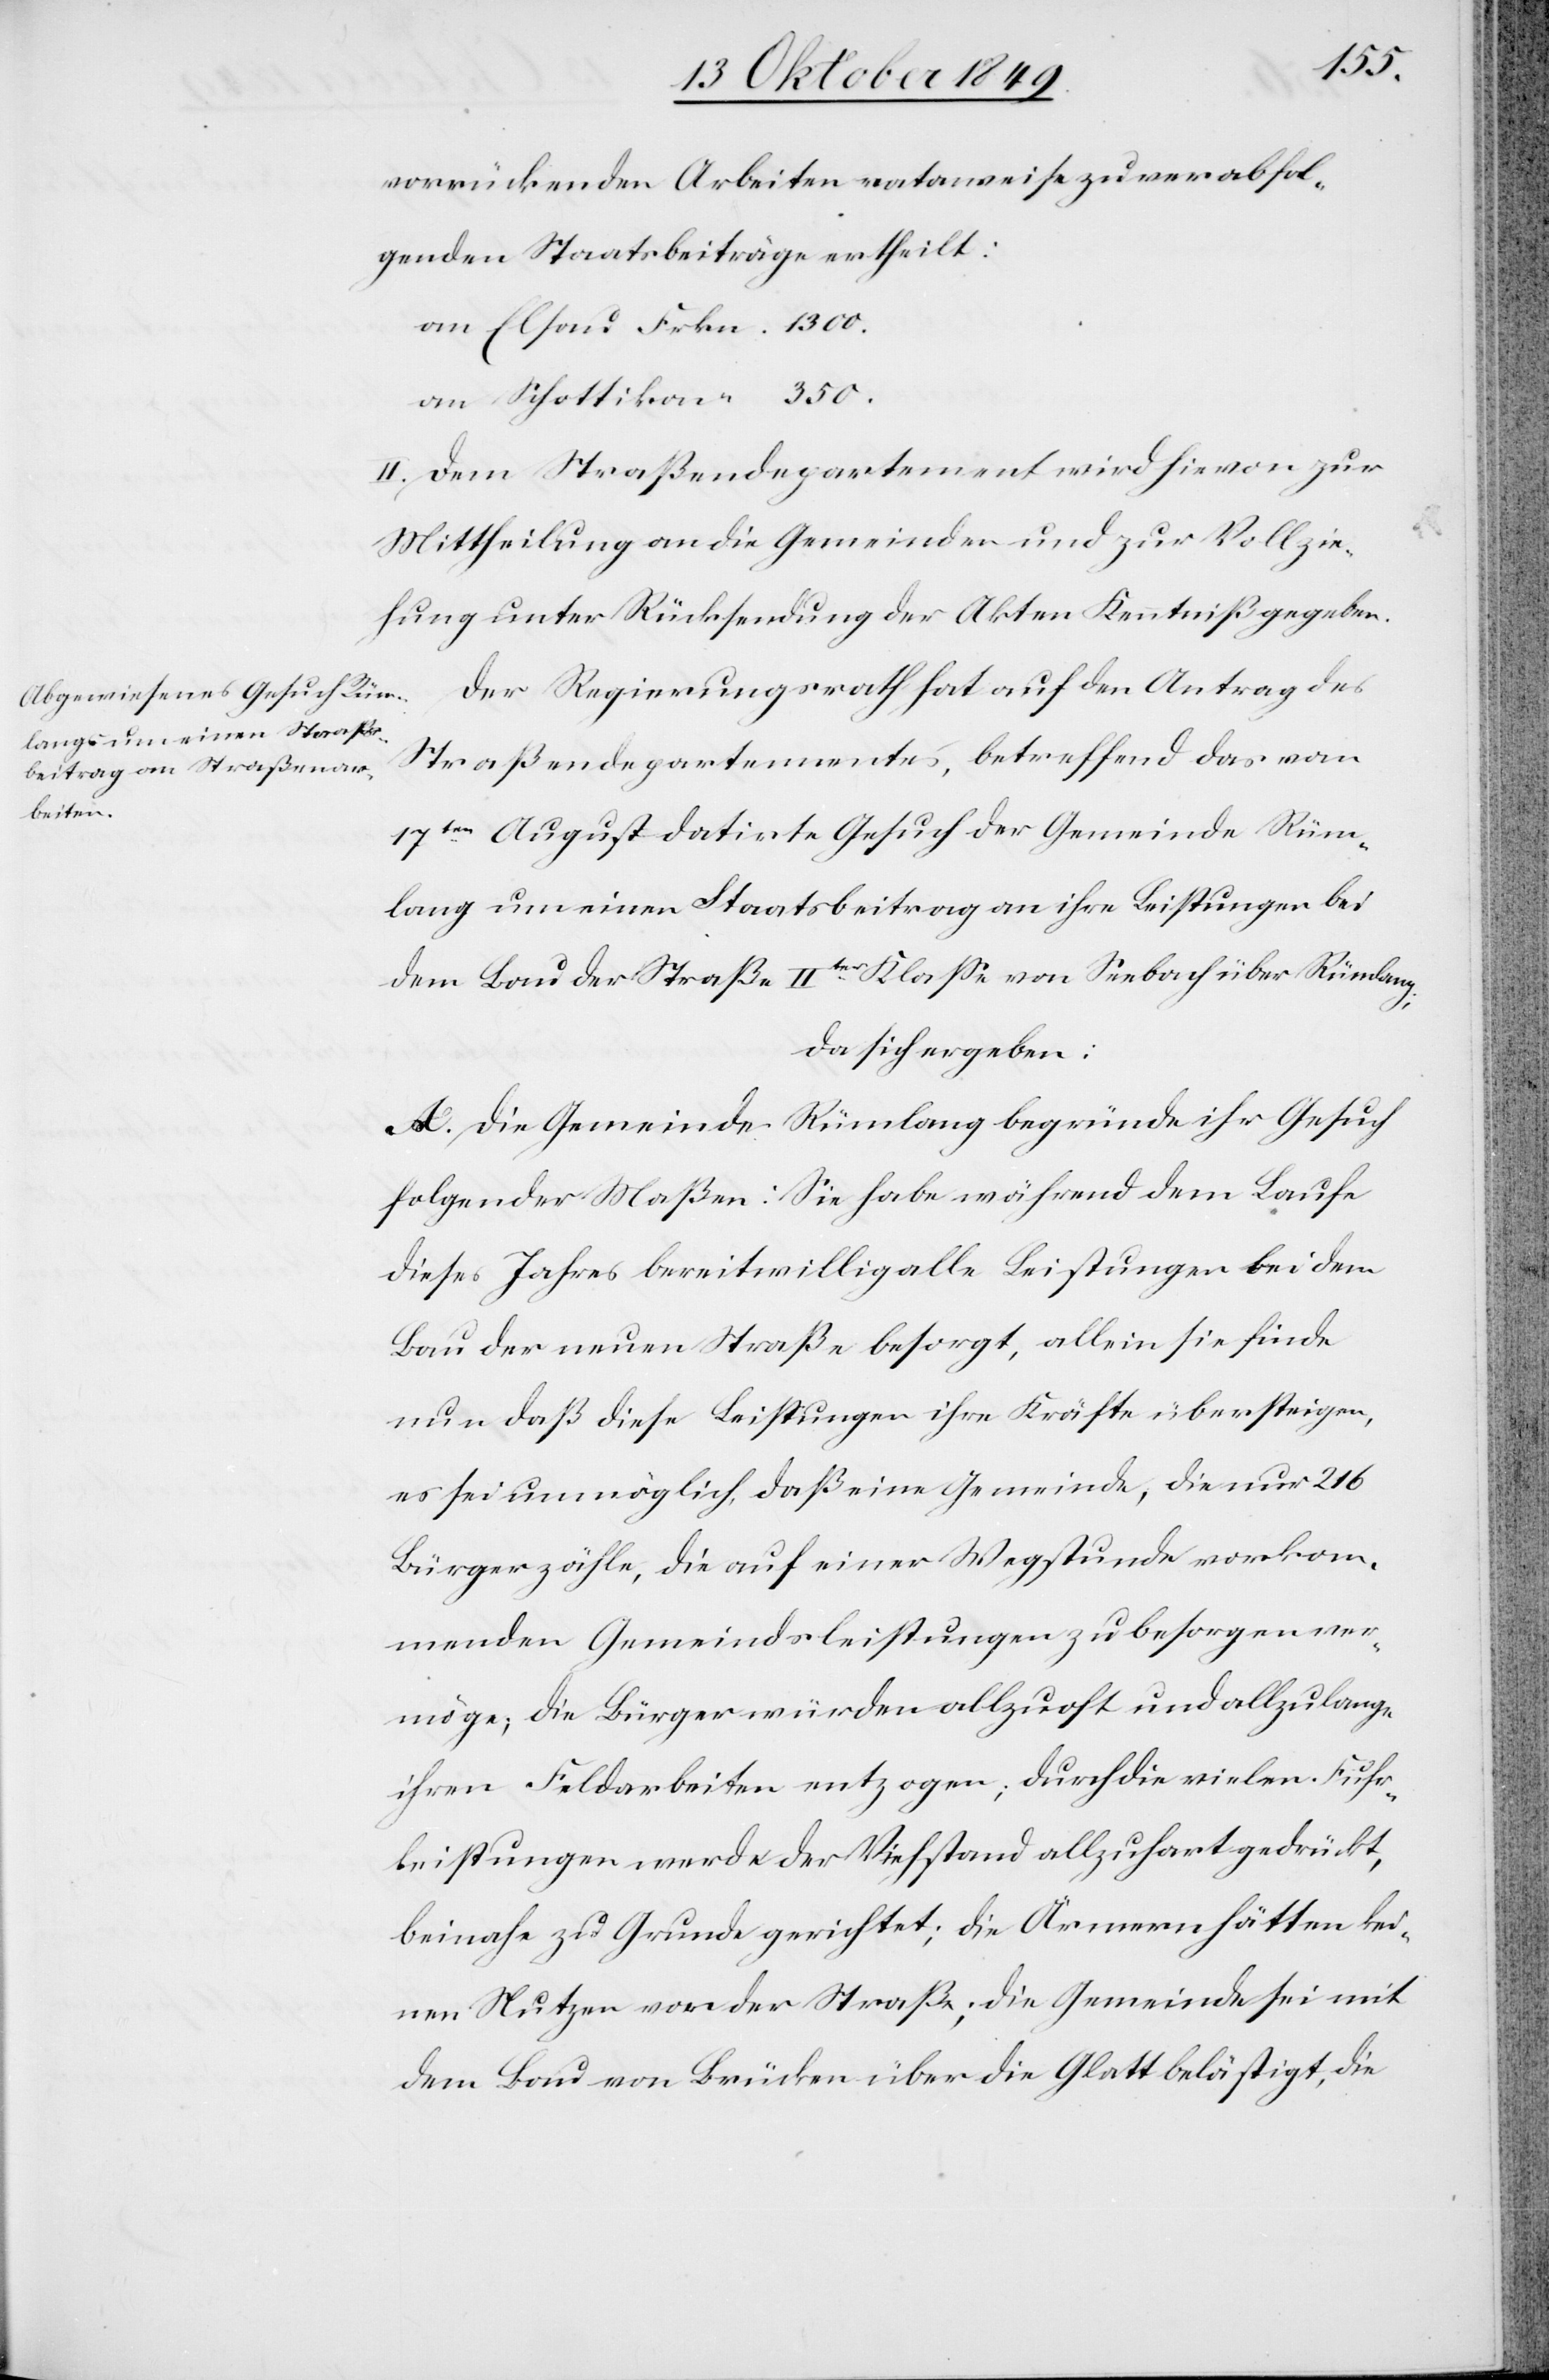
vorrückenden Arbeiten rataweise zu verabfol¬
genden Staatsbeiträge ertheilt:
an Elsau	 Frkn. 1300.
an Schottikon “ 	 350.
II. Dem Straßendepartement wird hievon zur
Mittheilung an die Gemeinden und zur Vollzie¬
hung unter Rücksendung der Akten Kenntniß gegeben.
Der Regierungsrath hat auf den Antrag des
Straßendepartementes, betreffend das vom
17ten August datirte Gesuch der Gemeinde Rüm¬
lang um einen Staatsbeitrag an ihre Leistungen bei
dem Bau der Straße IIter Klaße von Seebach über Rümlang;
da sich ergeben:
A. Die Gemeinde Rümlang begründe ihr Gesuch
folgender Maßen: Sie habe während dem Laufe
dieses Jahres bereitwillig alle Leistungen bei dem
Bau der neuen Straße besorgt, allein sie finde
nun daß diese Leistungen ihre Kräfte übersteigen,
es sei unmöglich, daß eine Gemeinde, die nur 216
Bürger zähle, die auf einer Wegstunde vorkom¬
menden Gemeindsleistungen zu besorgen ver¬
möge; die Bürger würden allzuoft und allzulange
ihren Feldarbeiten entzogen; durch die vielen Fuhr¬
leistungen werde der Viehstand allzu hart gedrückt,
beinahe zu Grunde gerichtet; die Ärmern hätten kei¬
nen Nutzen von der Straße; die Gemeinde sei mit
dem Bau von Brücken über die Glatt belästigt, die